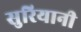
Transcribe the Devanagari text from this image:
सुरियानी